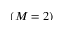
( M = 2 )